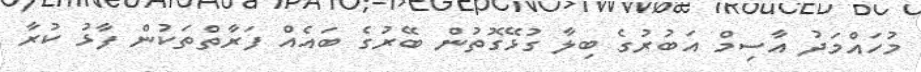
މުހައްމަދު އާސިމް އަބުރުގެ ބިލާ ގުޅޭގޮތުން ބޭރުގެ ބައެއް ފަރާތްތަކުން ފާޅު ކުރާ